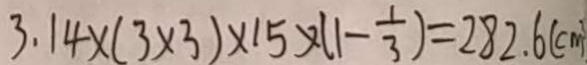
3 . 1 4 \times ( 3 \times 3 ) \times 1 5 \times ( 1 - \frac { 1 } { 3 } ) = 2 8 2 . 6 ( c m ^ { 3 }